Bréfritari: Helgi Helgason
Viðtakandi: Halldór Jónsson
Dagsetning: A-1869-01-09
Skrifað á: Læknesstöðum  N-Þing.
Óvíst

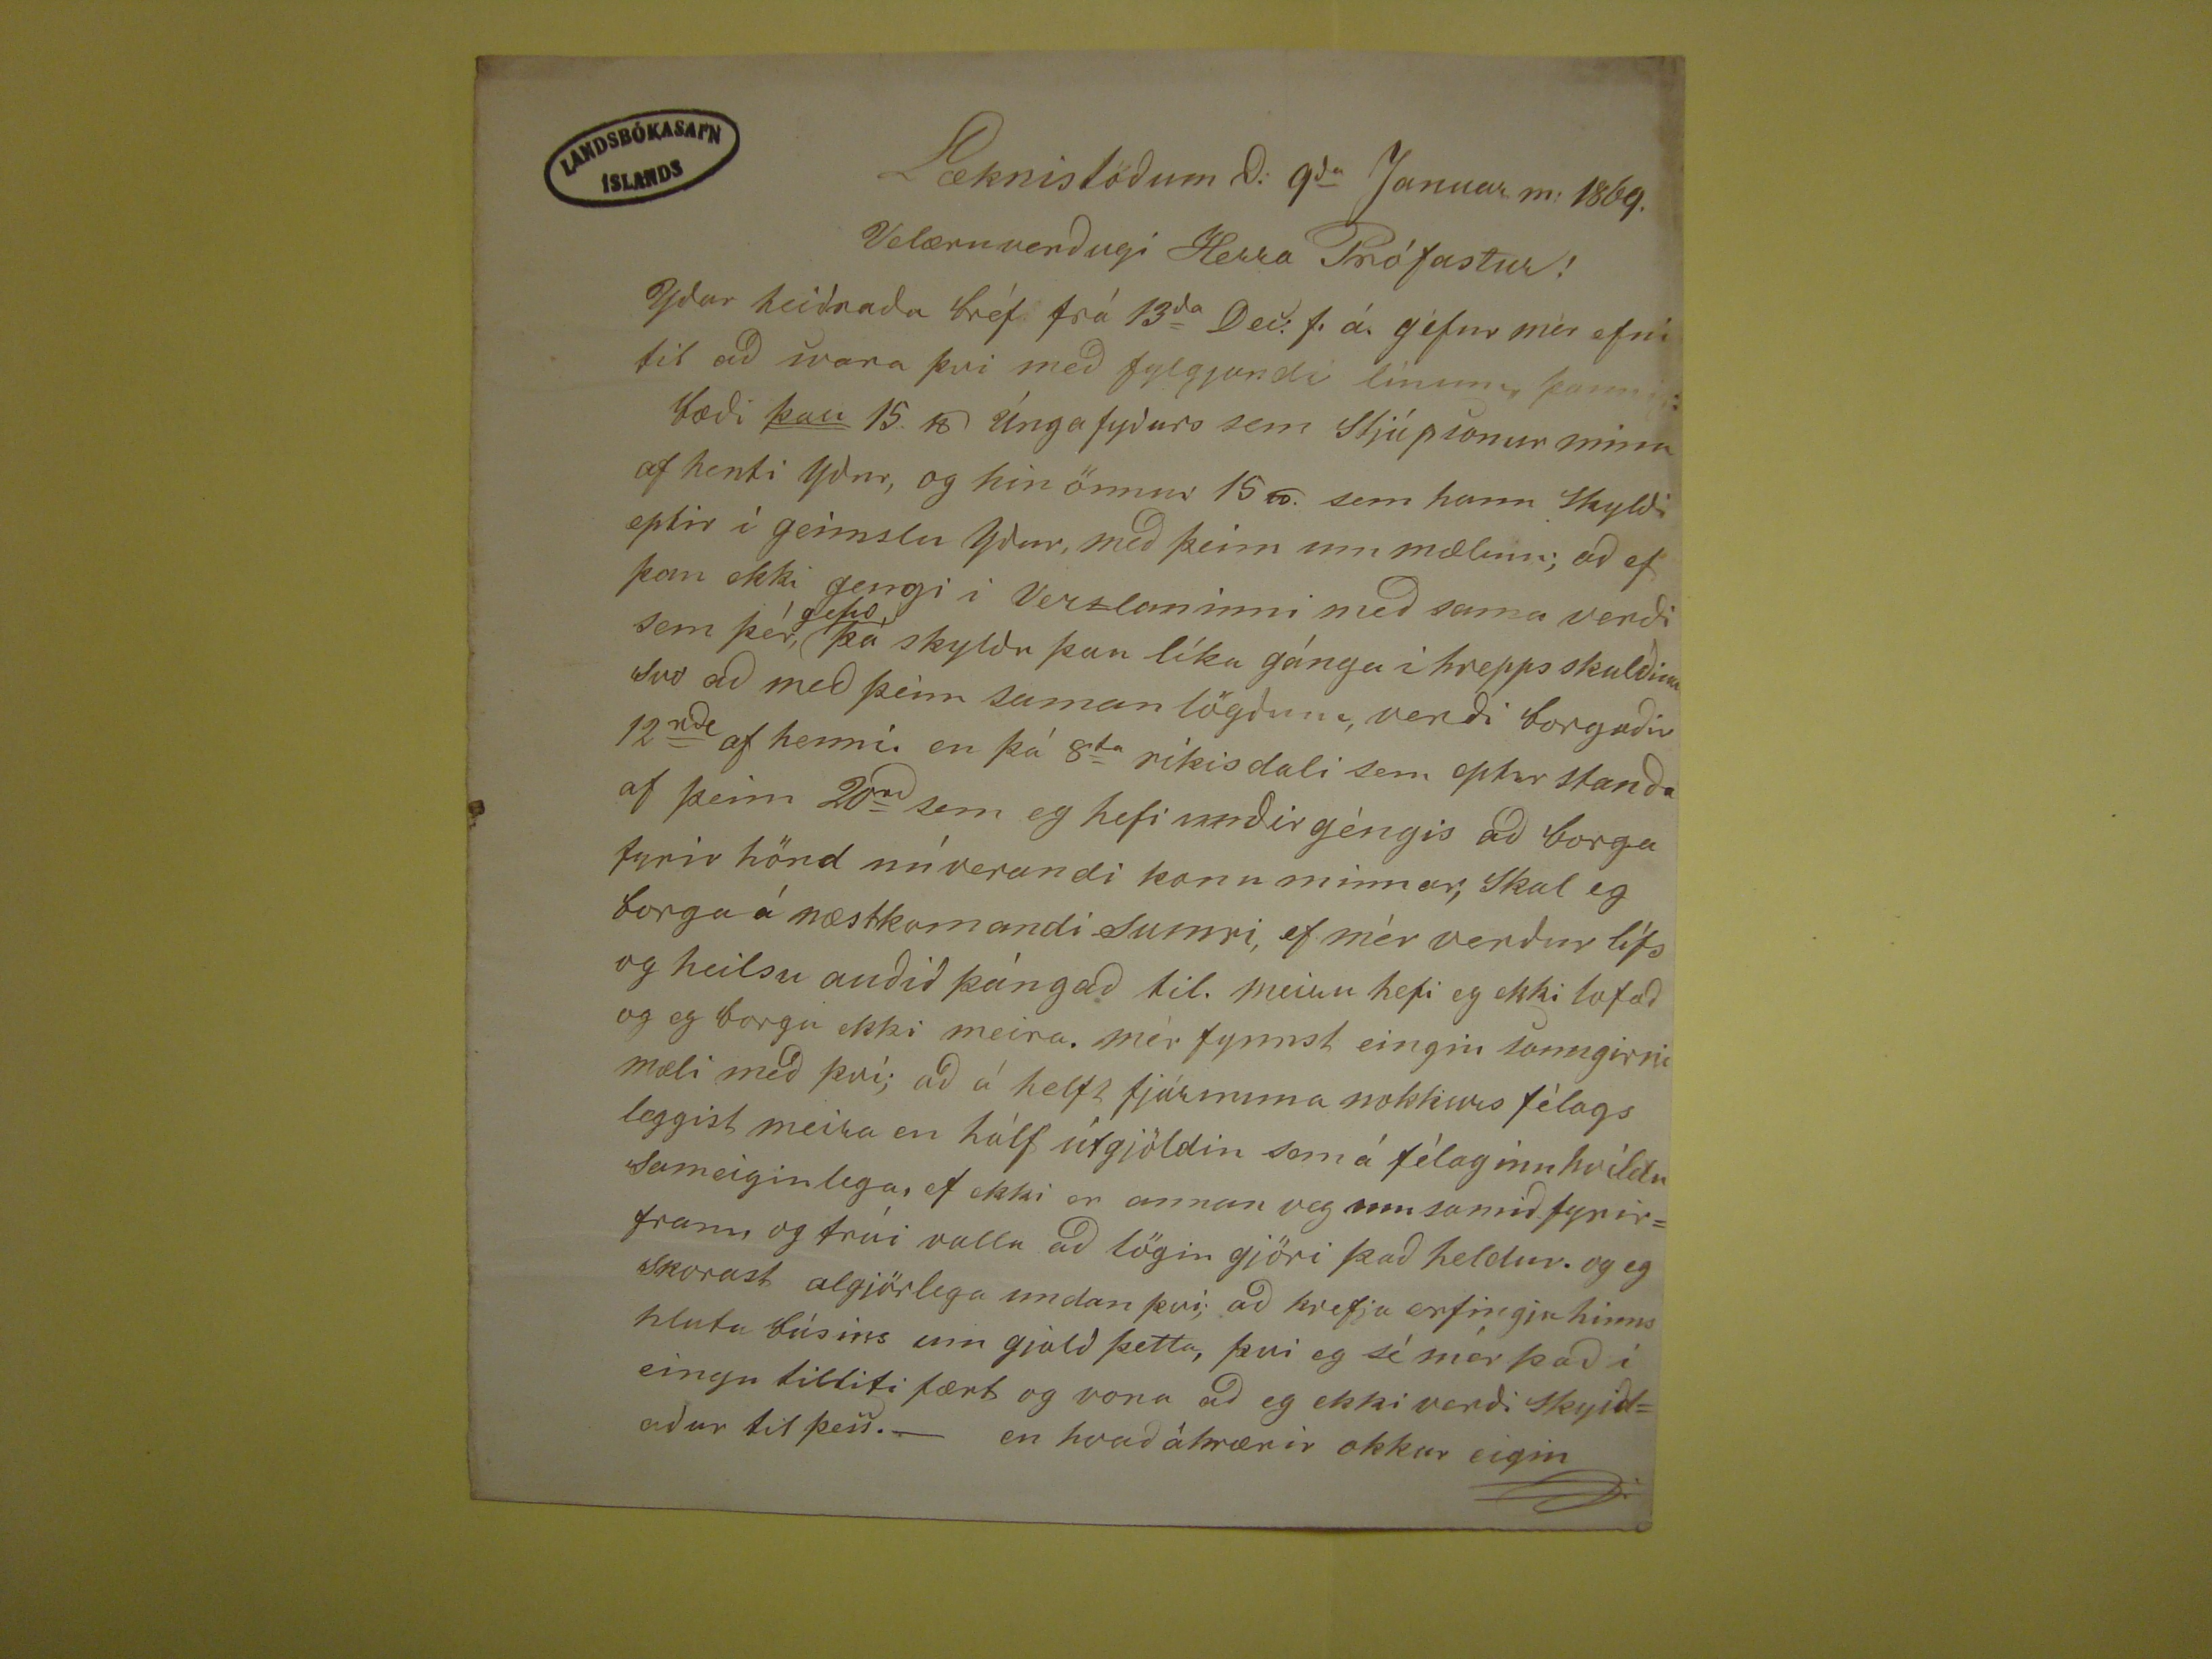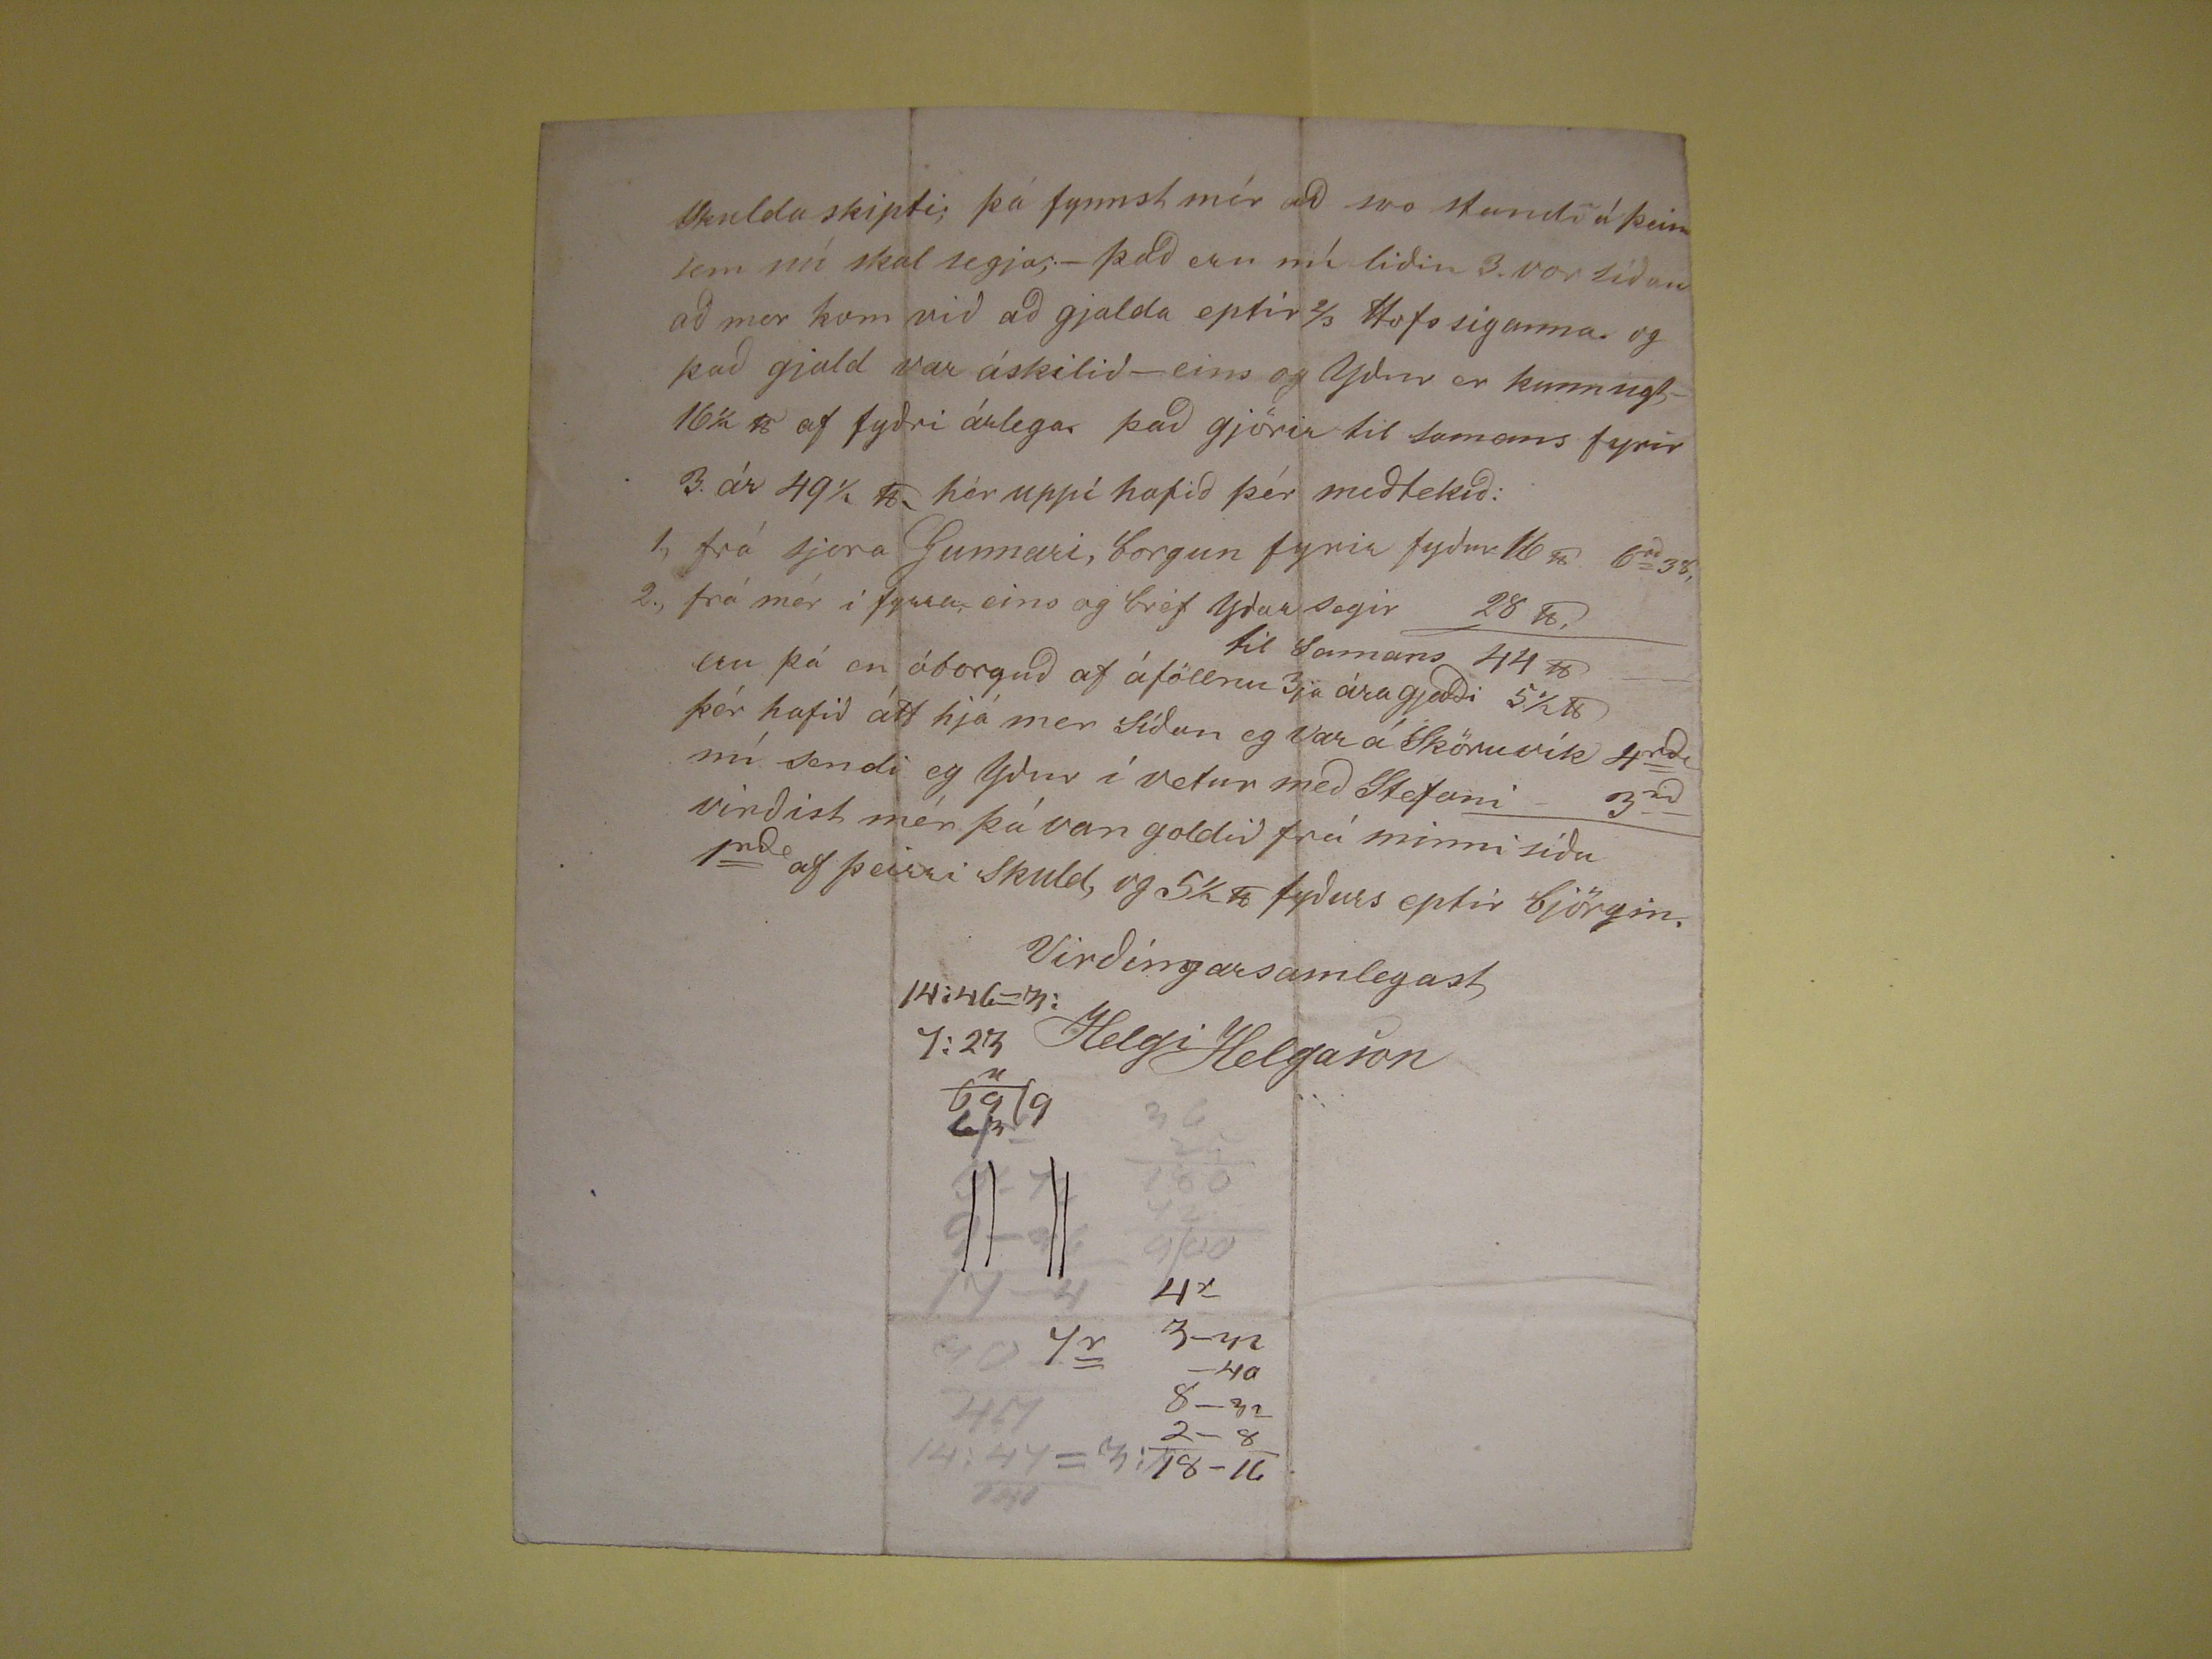

Læknistöðum d: 9
da
Januar m: 1869
Velæruverðugi Herra Prófastur !
Yðar heiðraða bréf frá 13
da
Dec
.f. á. gefur mér efni til að svara þvi með
fylgjandi línum, þannig bæði
þau
15
&
Únga fyðurs sem stjúpsonur minn af henti yður, og hin önnur
15
&
sem hann skyldi eptir í geimslu yðar, með þeim um mælum; að ef þau ekki gengi i Verzluninni með sama verði sem þér,
="scribe" place="supralinear">gefið
þá skyldu þau líka gánga í hreppsskuldina svo að með þeim saman lögðum, verði borgaðir 12
rde
af henni. en þá 8
da
ríkisdali sem eptir standa af þeim 20
ad
sem eg hefi undir géngis að borga fyrir hönd núverandi konu minnar, skal eg borga á næstkomandi
sumri, ef mér verdur lífs og heilsu auðið þángað til. meiru hefi eg ekki lofað og eg borgu ekki meira. mér fynnst eingin sanngirni mæli með því; að á helft
fjármuna nokkurs félags leggist meira en hálf útgjöldin sem á félaginu hvíldu sameiginlega, ef ekki er annan veg um samið fyrirfram og trúi valla að lögin gjöri
það heldur. og eg skorast algjörlega undan því; að krefja erfingja hinns hluta búsins um gjald þetta, þvi eg sé mér það í eingu tilliti fært og vona að eg ekki verdi
skyldaður til þess.- en hvað áhræri okkur eigin
skulda skipti; þá fynnst mér að svo standi á þeim sem nú skal segja;- það eru nú liðin 3. vor síðan að mer kom við að gjalda eptir 2/3 Hofs siganna. og það
gjald var áskilið - eins og Yður er kunnugt- 161/2
&
af fyðri árlega. það gjörir til samans fyrir 3 ár 491/2
&
hér
uppí hafið þér meðtekið: 1., frá sjera Gunnari, borgun fyrir fyður 16
&
6
rd
38,
2., frá mér í fyrra, eins og bréf yðar segir
28
&
, til samans 44
&
eru þá en óborguð af
áföllnu 3ja ára gjaldi 51/2
&
þér hafið átt hjá mer síðan eg var á Sköruvík 4
rde
nú sendi eg yður í vetur með Stefani
3
rd
virðist mér þá van goldið frá
minni síðu 1
rde
af þeirri skuld, og 51/2
&
fyðurs eptir björgin.
Virðíngarsamlegast
Helgi Helgason